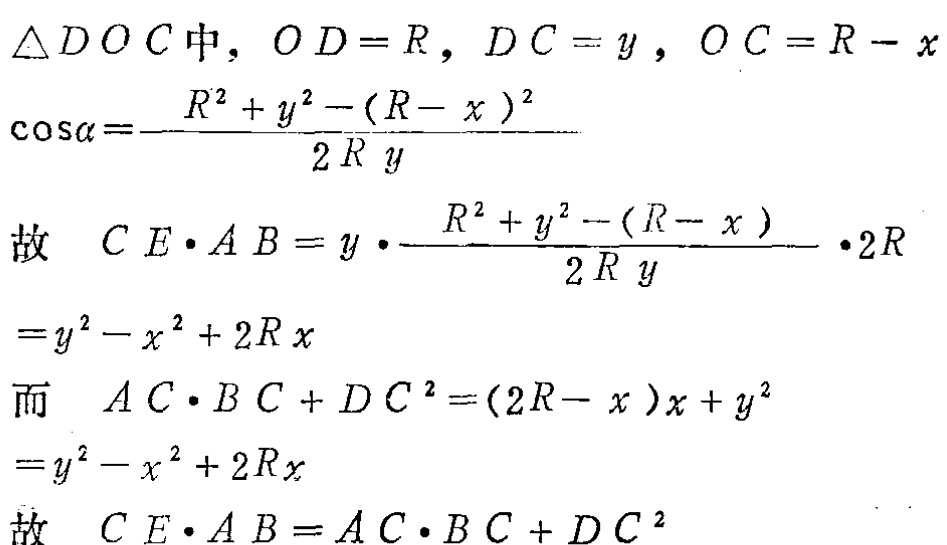
\(\triangle DOC中，OD = R，DC = y，OC = R - x\)
\(\cos\alpha=\frac{R^{2}+y^{2}-(R - x)^{2}}{2Ry}\)
\(故\ CE\cdot AB = y\cdot\frac{R^{2}+y^{2}-(R - x)}{2Ry}\cdot2R\)
\(=y^{2}-x^{2}+2Rx\)
\(而\ AC\cdot BC + DC^{2}=(2R - x)x + y^{2}\)
\(=y^{2}-x^{2}+2Rx\)
\(故\ CE\cdot AB = AC\cdot BC + DC^{2}\)